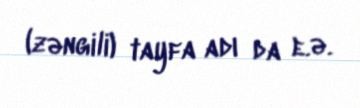
(zəngili) tayfa adı da e.ə.